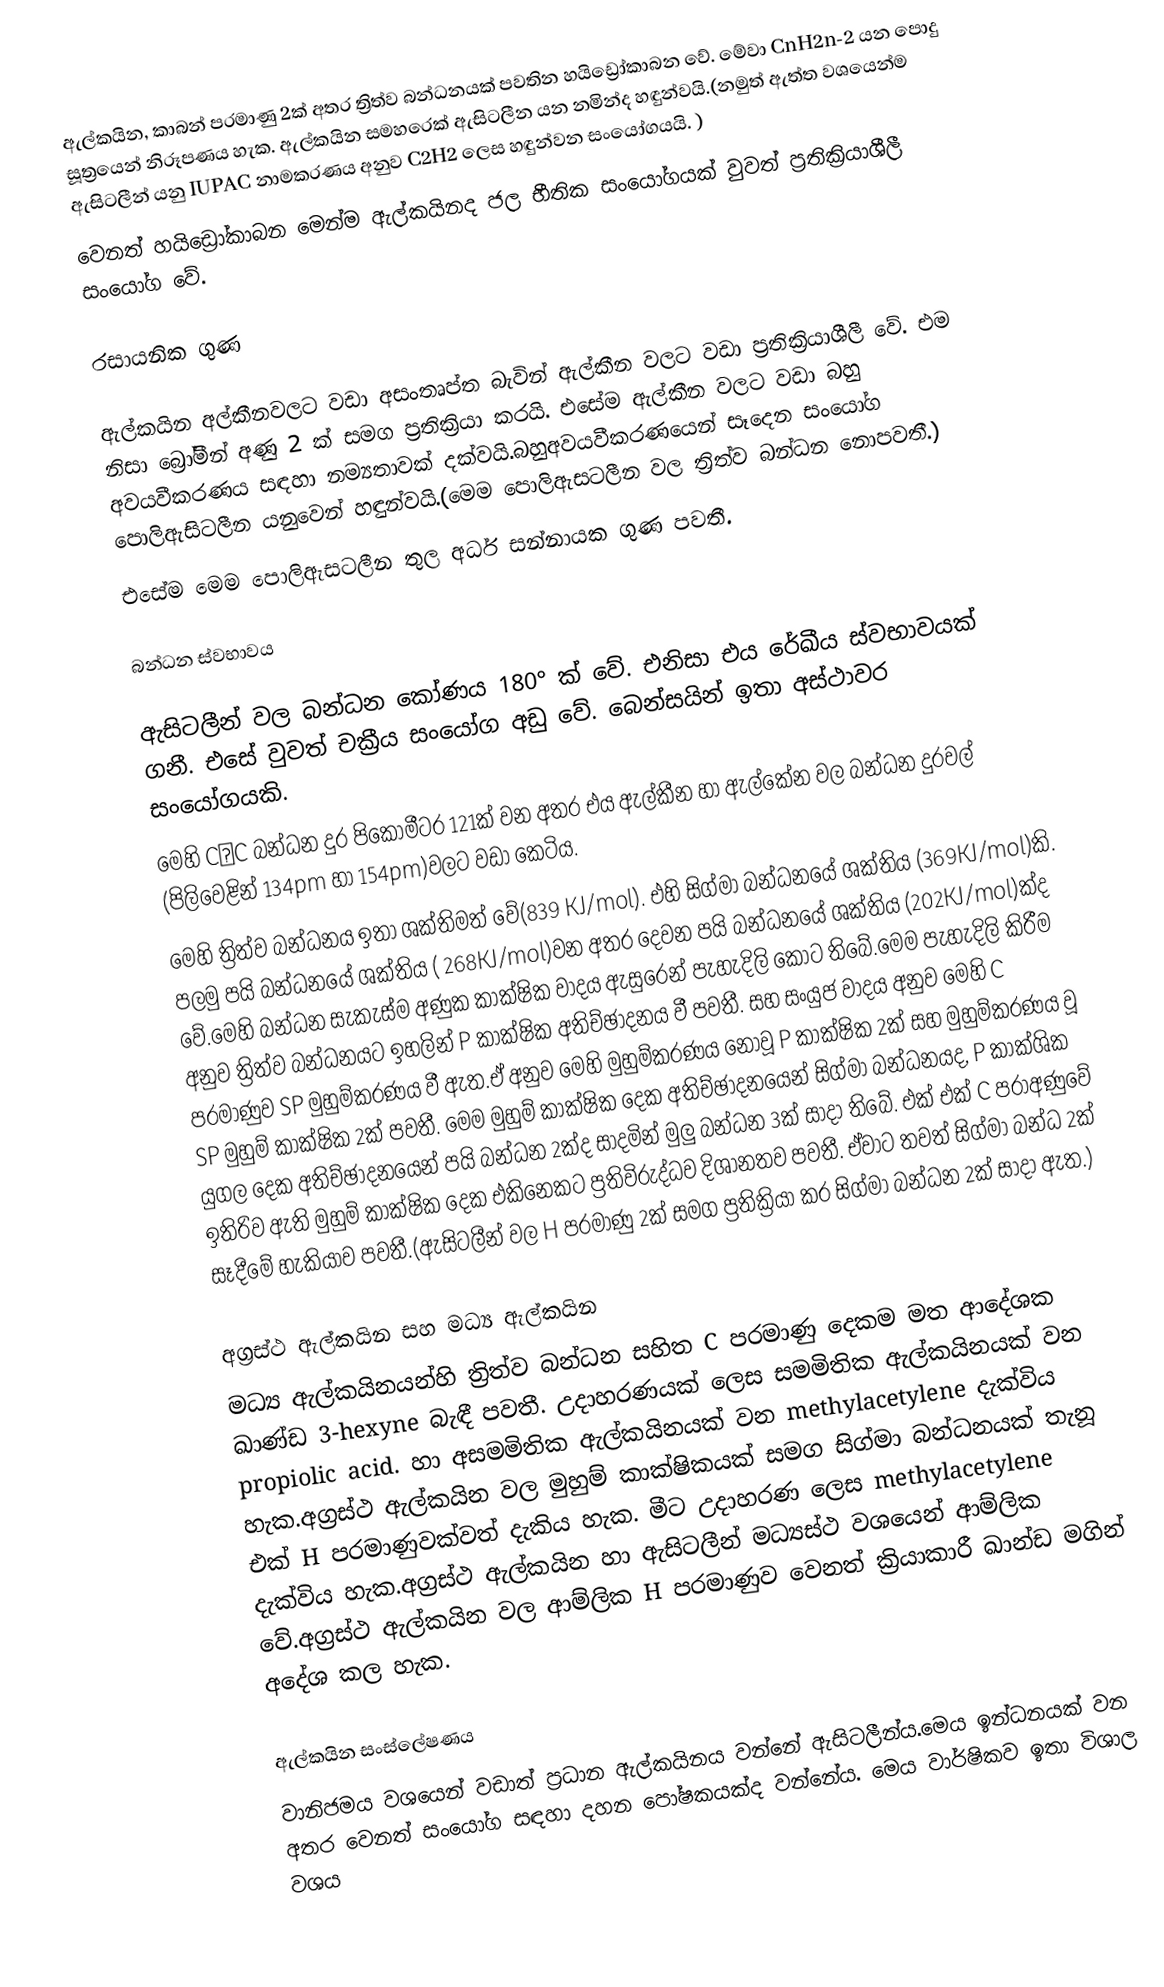
ඇල්කයින, කාබන් පරමාණු 2ක් අතර ත්‍රිත්ව බන්ධනයක් පවතින හයිඩ්‍රෝකාබන වේ. මේවා CnH2n-2 යන පොදු සූත්‍රයෙන් නිරූපණය හැක. ඇල්කයින සමහරෙක් ඇසිටලීන යන නමින්ද හඳුන්වයි.(නමුත් ඇත්ත වශයෙන්ම ඇසිටලීන් යනු IUPAC නාමකරණය අනුව C2H2 ලෙස හඳුන්වන සංයෝගයයි. )
වෙනත් හයිඩ්‍රෝකාබන මෙන්ම ඇල්කයිනද ජල භීතික සංයෝගයක් වුවත් ප්‍රතික්‍රියාශීලී සංයෝග වේ.

රසායනික ගුණ

ඇල්කයින අල්කීනවලට වඩා අසංතෘප්ත බැවින් ඇල්කීන වලට වඩා ප්‍රතික්‍රියාශීලී වේ. එම නිසා බ්‍රෝමීන් අණු 2 ක් සමග ප්‍රතික්‍රියා කරයි. එසේම ඇල්කීන වලට වඩා බහු අවයවීකරණය සඳහා නම්‍යතාවක් දක්වයි.බහුඅවයවීකරණයෙන් සෑදෙන සංයෝග පොලිඇසිටලීන යනුවෙන් හඳුන්වයි.(මෙම පොලිඇසටලීන වල ත්‍රිත්ව බන්ධන නොපවතී.)
එසේම මෙම පොලිඇසටලීන තුල අර්ධ සන්නායක ගුණ පවතී.

බන්ධන ස්වභාවය

ඇසිටලීන් වල බන්ධන කෝණය 180° ක් වේ. එනිසා එය රේඛීය ස්වභාවයක් ගනී. එසේ වුවත් චක්‍රීය සංයෝග අඩු වේ. බෙන්සයින් ඉතා අස්ථාවර සංයෝගයකි.
මෙහි C≡C බන්ධන දුර පිකෝමීටර 121ක් වන අතර එය ඇල්කීන හා ඇල්කේන වල බන්ධන දුරවල් (පිලිවෙළින් 134pm හා 154pm)වලට වඩා කෙටිය.
මෙහි ත්‍රිත්ව බන්ධනය ඉතා ශක්තිමත් වේ(839 KJ/mol). එහි සිග්මා බන්ධනයේ ශක්තිය (369KJ/mol)කි. පලමු පයි බන්ධනයේ ශක්තිය ( 268KJ/mol)වන අතර  දෙවන පයි බන්ධනයේ ශක්තිය  (202KJ/mol)ක්ද වේ.මෙහි බන්ධන සැකැස්ම අණුක කාක්ෂික වාදය ඇසුරෙන් පැහැදිලි කොට තිබේ.මෙම පැහැදිලි කිරීම අනුව ත්‍රිත්ව බන්ධනයට ඉහලින් P කාක්ෂික අතිච්ඡාදනය වී පවතී. සහ සංයුජ වාදය අනුව මෙහි C පරමාණුව SP මුහුම්කරණය වී ඇත.ඒ අනුව මෙහි මුහුම්කරණය නොවූ P කාක්ෂික 2ක් සහ මුහුම්කරණය වූ SP මුහුම් කාක්ෂික 2ක් පවතී.  මෙම මුහුම් කාක්ෂික දෙක අතිච්ඡාදනයෙන් සිග්මා බන්ධනයද, P  කාක්ශික යුගල දෙක අතිච්ඡාදනයෙන් පයි බන්ධන 2ක්ද සාදමින් මුලු බන්ධන 3ක් සාදා තිබේ. එක් එක් C පරාඅණුවේ ඉතිරිව ඇති මුහුම් කාක්ෂික දෙක එකිනෙකට ප්‍රතිවිරුද්ධව දිශානතව පවතී. ඒවාට තවත් සිග්මා බන්ධ 2ක් සෑදීමේ හැකියාව පවතී.(ඇසිටලීන් වල H පරමාණු 2ක් සමග ප්‍රතික්‍රියා කර සිග්මා බන්ධන 2ක් සාදා ඇත.)

අග්‍රස්ථ ඇල්කයින සහ මධ්‍ය ඇල්කයින
මධ්‍ය ඇල්කයිනයන්හි ත්‍රිත්ව බන්ධන සහිත C පරමාණු දෙකම මත ආදේශක ඛාණ්ඩ 3-hexyne බැඳී පවතී. උදාහරණයක් ලෙස සමමිතික ඇල්කයිනයක් වන propiolic acid. හා අසමමිතික ඇල්කයිනයක් වන methylacetylene දැක්විය හැක.අග්‍රස්ථ ඇල්කයින වල මුහුම් කාක්ෂිකයක් සමග සිග්මා බන්ධනයක් තැනූ එක් H පරමාණුවක්වත් දැකිය හැක. මීට උදාහරණ ලෙස methylacetylene දැක්විය හැක.අග්‍රස්ථ ඇල්කයින හා ඇසිටලීන් මධ්‍යස්ථ වශයෙන් ආම්ලික වේ.අග්‍රස්ථ ඇල්කයින වල ආම්ලික H පරමාණුව වෙනත් ක්‍රියාකාරී ඛාන්ඩ මගින් අදේශ කල හැක.

ඇල්කයින සංස්ලේෂණය
වානිජමය වශයෙන් වඩාත් ප්‍රධාන ඇල්කයිනය වන්නේ ඇසිටලීන්ය.මෙය ඉන්ධනයක් වන අතර වෙනත් සංයෝග සඳහා දහන පෝෂකයක්ද වන්නේය. මෙය වාර්ෂිකව ඉතා විශාල වශය